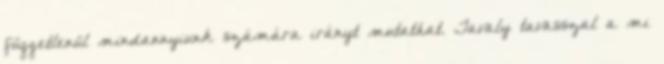
függetlenül mindannyiunk számára irányt mutathat. Tavaly tavasszal a mi